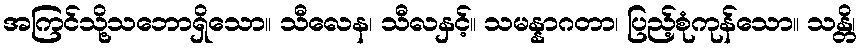
အကြင်သို့သဘောရှိသော။ သီလေန၊ သီလနှင့်။ သမန္နာဂတာ၊ ပြည့်စုံကုန်သော။ သန္တိ၊